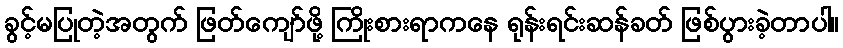
ခွင့်မပြုတဲ့အတွက် ဖြတ်ကျော်ဖို့ ကြိုးစားရာကနေ ရုန်းရင်းဆန်ခတ် ဖြစ်ပွားခဲ့တာပါ။